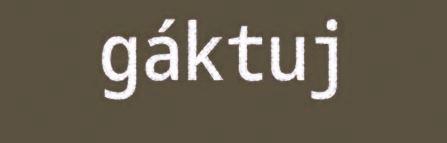
gáktuj